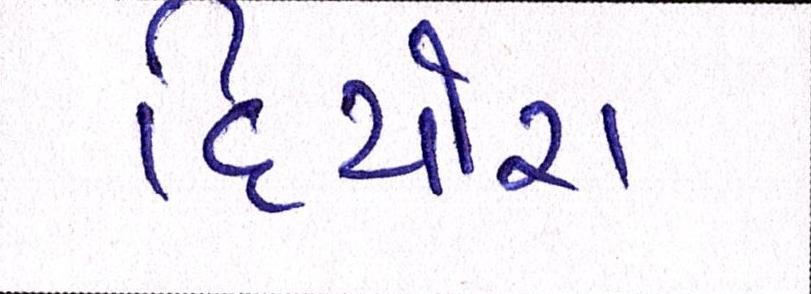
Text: દિયોરા